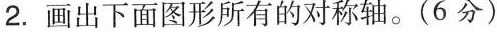
2.画出下面图形所有的对称轴。(6分)